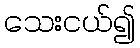
သေးငယ်၍